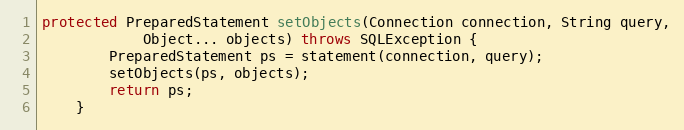
Language: Java
protected PreparedStatement setObjects(Connection connection, String query,
            Object... objects) throws SQLException {
        PreparedStatement ps = statement(connection, query);
        setObjects(ps, objects);
        return ps;
    }